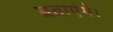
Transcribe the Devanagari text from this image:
बताएंगे।